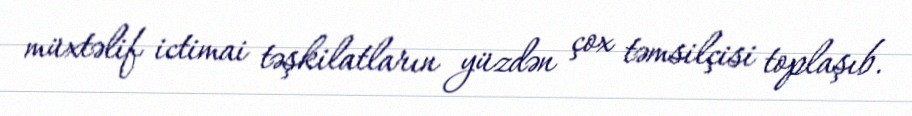
müxtəlif ictimai təşkilatların yüzdən çox təmsilçisi toplaşıb.